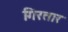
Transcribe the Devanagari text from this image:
गिरतार